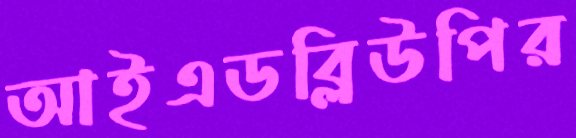
আইএডব্লিউপির